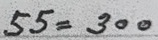
55 = 300